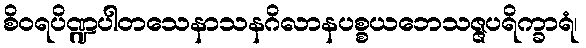
စိဝရပိဏ္ဍပါတသေနာသနဂိလာနပစ္စယဘေသဇ္ဇပရိက္ခာရံ၊